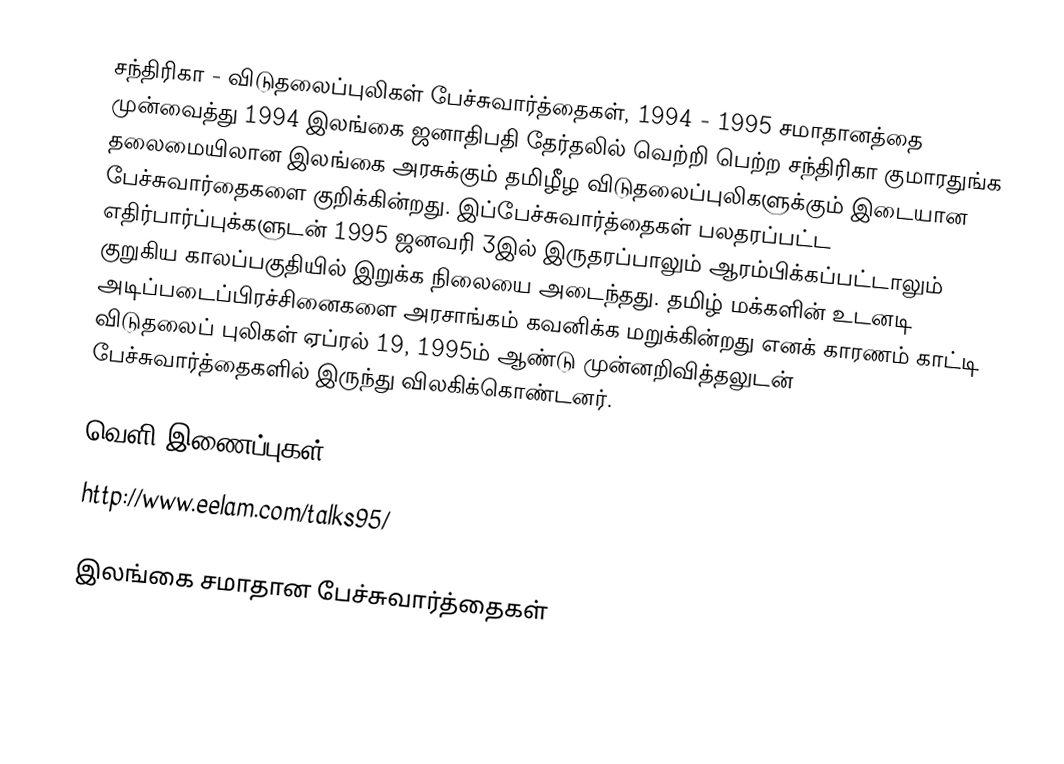
சந்திரிகா - விடுதலைப்புலிகள் பேச்சுவார்த்தைகள், 1994 - 1995 சமாதானத்தை முன்வைத்து 1994 இலங்கை ஜனாதிபதி தேர்தலில் வெற்றி பெற்ற சந்திரிகா குமாரதுங்க தலைமையிலான இலங்கை அரசுக்கும் தமிழீழ விடுதலைப்புலிகளுக்கும் இடையான பேச்சுவார்தைகளை குறிக்கின்றது. இப்பேச்சுவார்த்தைகள் பலதரப்பட்ட எதிர்பார்ப்புக்களுடன் 1995 ஜனவரி 3இல் இருதரப்பாலும் ஆரம்பிக்கப்பட்டாலும் குறுகிய காலப்பகுதியில் இறுக்க நிலையை அடைந்தது. தமிழ் மக்களின் உடனடி அடிப்படைப்பிரச்சினைகளை அரசாங்கம் கவனிக்க மறுக்கின்றது எனக் காரணம் காட்டி விடுதலைப் புலிகள் ஏப்ரல் 19, 1995ம் ஆண்டு முன்னறிவித்தலுடன் பேச்சுவார்த்தைகளில் இருந்து விலகிக்கொண்டனர்.

வெளி இணைப்புகள்
 http://www.eelam.com/talks95/

இலங்கை சமாதான பேச்சுவார்த்தைகள்